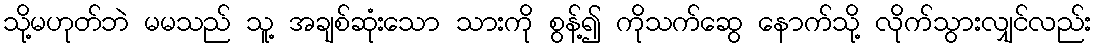
သို့မဟုတ်ဘဲ မမသည် သူ့ အချစ်ဆုံးသော သားကို စွန့်၍ ကိုသက်ဆွေ နောက်သို့ လိုက်သွားလျှင်လည်း